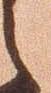
之